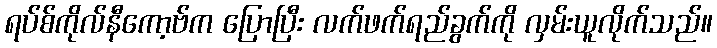
ရပ်စ်ကိုလ်နီကော့ဗ်က ပြောပြီး လက်ဖက်ရည်ခွက်ကို လှမ်းယူလိုက်သည်။